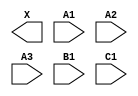
module sky130_fd_sc_lp__o311a (
    X ,
    A1,
    A2,
    A3,
    B1,
    C1
);

    output X ;
    input  A1;
    input  A2;
    input  A3;
    input  B1;
    input  C1;

    // Voltage supply signals
    supply1 VPWR;
    supply0 VGND;
    supply1 VPB ;
    supply0 VNB ;

endmodule